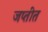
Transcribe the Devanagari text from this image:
जप्तीत